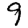
Digit: 9